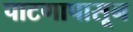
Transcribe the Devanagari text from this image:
पाटणापासून